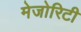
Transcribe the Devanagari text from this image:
मेजोरिटी